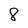
Character: 8